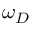
\omega _ { D }